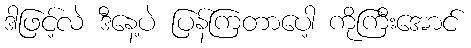
ဒါဖြင့်လဲ ဒီနေ့ပဲ ပြန်ကြတာပေါ့ ကိုကြီးအောင်